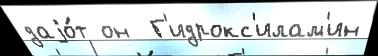
даjо́т он  Г'идрокс'илам'ин